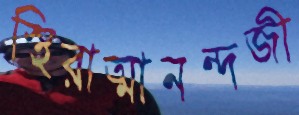
স্থিরাত্মানন্দজী